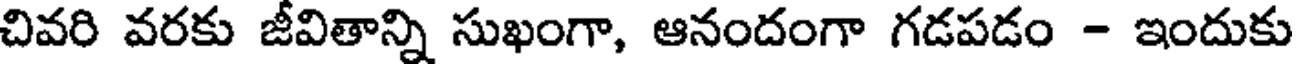
చివరి వరకు జీవితాన్ని సుఖంగా, ఆనందంగా గడపడం - ఇందుకు